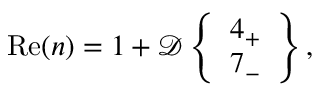
\begin{array} { r } { \mathrm { R e } ( n ) = 1 + \mathcal { D } \left\{ \begin{array} { l } { 4 _ { + } } \\ { 7 _ { - } } \end{array} \right\} , } \end{array}